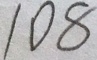
1 0 8